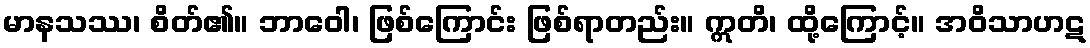
မာနသဿ၊ စိတ်၏။ ဘာဝေါ၊ ဖြစ်ကြောင်း ဖြစ်ရာတည်း။ ဣတိ၊ ထို့ကြောင့်။ အဝိသာဟဋ